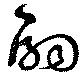
嗣